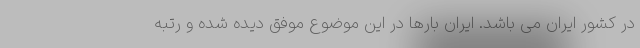
در کشور ایران می باشد. ایران بارها در این موضوع موفق دیده شده و رتبه